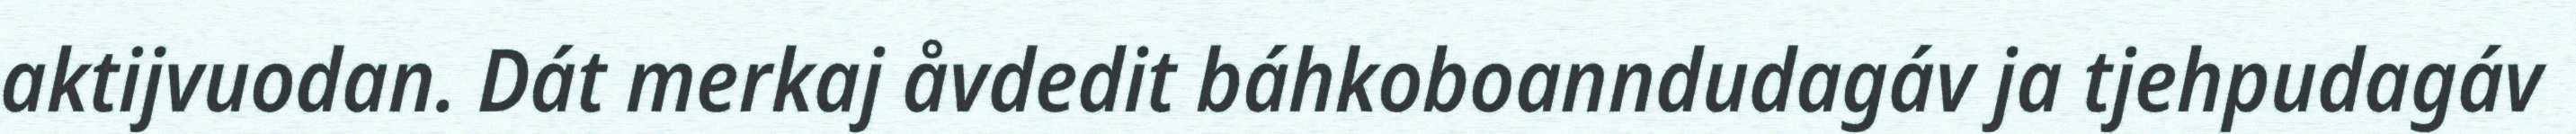
aktijvuodan. Dát merkaj åvdedit báhkoboanndudagáv ja tjehpudagáv